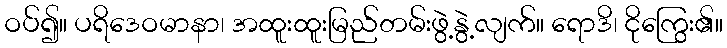
ဝပ်၍။ ပရိဒေဝမာနာ၊ အထူးထူးမြည်တမ်းဖွဲ့နွဲ့လျက်။ ရောဒိ၊ ငိုကြွေး၏။